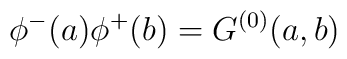
\phi ^-(a) \phi ^+(b)=G^{(0)} (a,b)